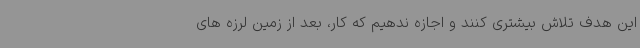
این هدف تلاش بیشتری کنند و اجازه ندهیم که کار، بعد از زمین لرزه های